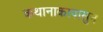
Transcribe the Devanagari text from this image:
कथानाकापासुन